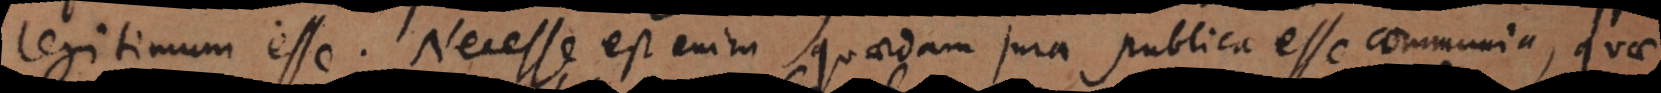
legitimum esse. Necesse est enim quaedam jura publica esse communia, quae